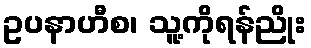
ဥပနာဟီစ၊ သူ့ကိုရန်ညိုး